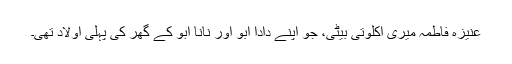
عنیزہ فاطمہ میری اکلوتی بیٹی، جو اپنے دادا ابو اور نانا ابو کے گھر کی پہلی اولاد تھی۔